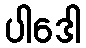
ပါဒေါ